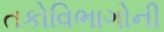
તકોવિભાગોની